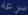
سرعة